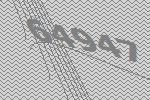
64947